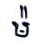
ម៉